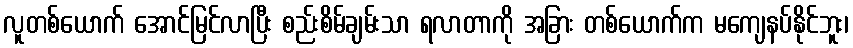
လူတစ်ယောက် အောင်မြင်လာပြီး စည်းစိမ်ချမ်းသာ ရလာတာကို အခြား တစ်ယောက်က မကျေနပ်နိုင်ဘူး၊